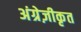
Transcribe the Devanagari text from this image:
अंग्रेज़ीकृत